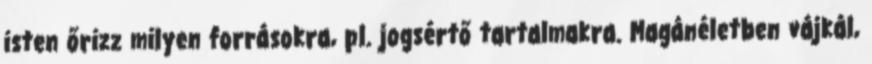
isten őrizz milyen forrásokra, pl. jogsértő tartalmakra. Magánéletben vájkál,